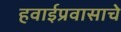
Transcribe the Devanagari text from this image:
हवाईप्रवासाचे